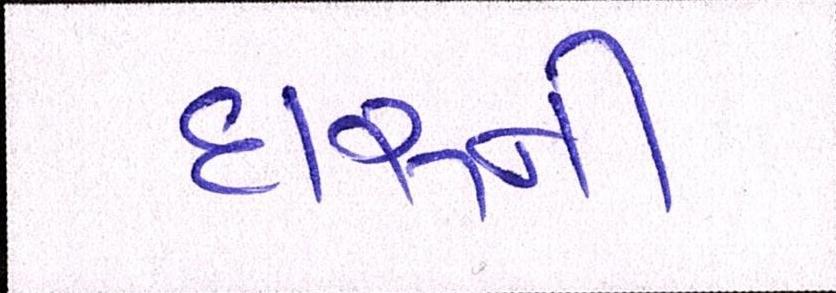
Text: દારૂની